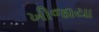
ખીજાયા